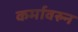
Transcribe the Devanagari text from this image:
कर्मावरुन